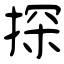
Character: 探